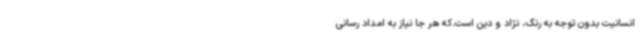
انسانیت بدون توجه به رنگ، نژاد و دین است.که هر جا نیاز به امداد رسانی